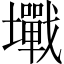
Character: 𡓥